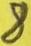
Text: 8